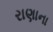
રાણાના